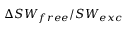
\Delta S W _ { f r e e } / S W _ { e x c }